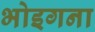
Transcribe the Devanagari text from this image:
भोइगना